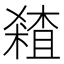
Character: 𰘞